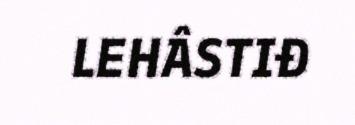
LEHÂSTIĐ